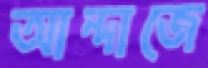
আন্দাজে